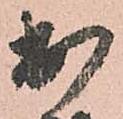
出